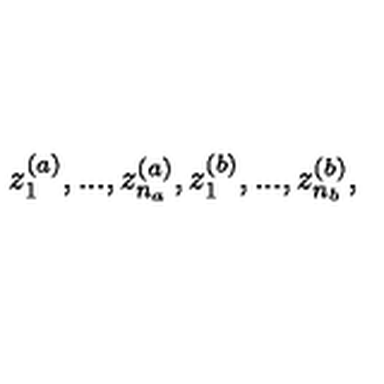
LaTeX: z _ { 1 } ^ { ( a ) } , . . . , z _ { n _ { a } } ^ { ( a ) } , z _ { 1 } ^ { ( b ) } , . . . , z _ { n _ { b } } ^ { ( b ) } ,